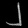
Digit: ၂